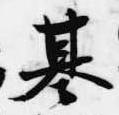
基